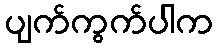
ပျက်ကွက်ပါက